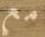
مع